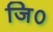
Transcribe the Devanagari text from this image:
जि०